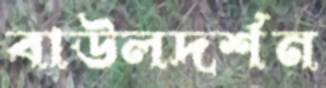
বাউলদর্শন